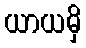
ယာယမှိ